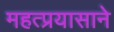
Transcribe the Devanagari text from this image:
महत्प्रयासाने